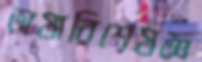
ভাষাবিশেষজ্ঞ